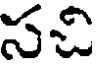
సచి